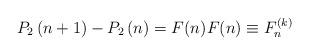
LaTeX: \begin{align*} P_2\left(n+1\right) - P_2\left(n\right)= F(n) F(n) \equiv F^{(k)}_n \end{align*}